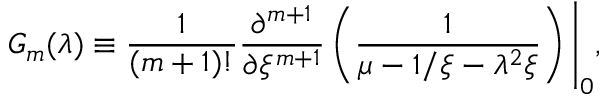
G _ { m } ( \lambda ) \equiv \frac { 1 } { ( m + 1 ) ! } \frac { \partial ^ { m + 1 } } { \partial { \xi ^ { m + 1 } } } \left( \frac { 1 } { \mu - 1 / \xi - \lambda ^ { 2 } \xi } \right) \Bigg \vert _ { 0 } ,